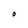
Character: O